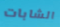
الشابات